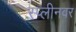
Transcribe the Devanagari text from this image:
स्प्लीनवर